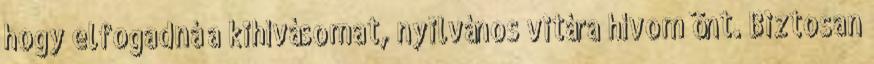
hogy elfogadná a kihívásomat, nyilvános vitára hívom önt. Biztosan